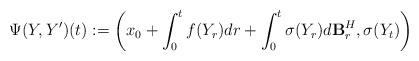
LaTeX: \begin{align*} \Psi(Y, Y') (t):= \biggl(x_0 + \int_0^t f(Y_r)dr + \int_0^t \sigma(Y _r)d\mathbf{B}^H_r , \sigma(Y_t) \biggr)\end{align*}